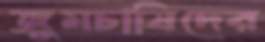
জুমচাষিদের